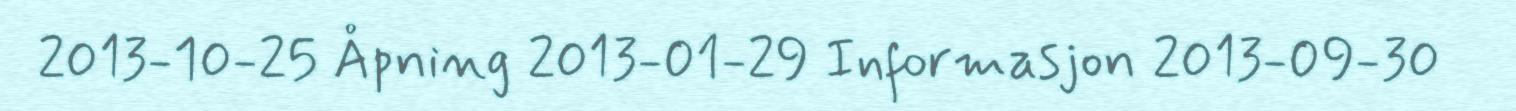
2013-10-25 Åpning 2013-01-29 Informasjon 2013-09-30